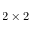
2 \times 2